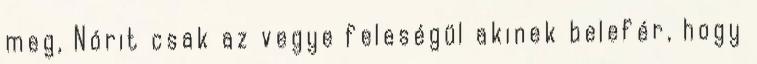
meg, Nórit csak az vegye feleségül akinek belefér, hogy